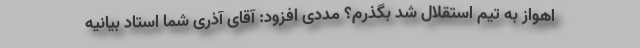
اهواز به تیم استقلال شد بگذرم؟ مددی افزود: آقای آذری شما استاد بیانیه